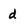
Character: d